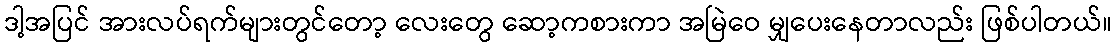
ဒါ့အပြင် အားလပ်ရက်များတွင်တော့ လေးတွေ ဆော့ကစားကာ အမြဲဝေ မျှပေးနေတာလည်း ဖြစ်ပါတယ်။